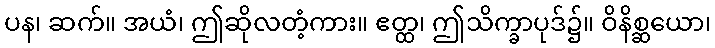
ပန၊ ဆက်။ အယံ၊ ဤဆိုလတံ့ကား။ ဧတ္ထ၊ ဤသိက္ခာပုဒ်၌။ ဝိနိစ္ဆယော၊